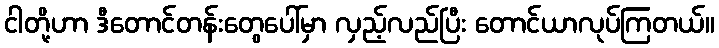
ငါတို့ဟာ ဒီတောင်တန်းတွေပေါ်မှာ လှည့်လည်ပြီး တောင်ယာလုပ်ကြတယ်။